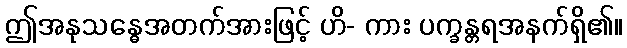
ဤအနုသန္ဓေအတက်အားဖြင့် ဟိ- ကား ပက္ခန္တရအနက်ရှိ၏။